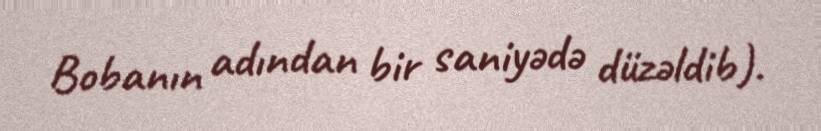
Bobanın adından bir saniyədə düzəldib).